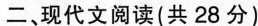
二，现代文阅读(共28分)